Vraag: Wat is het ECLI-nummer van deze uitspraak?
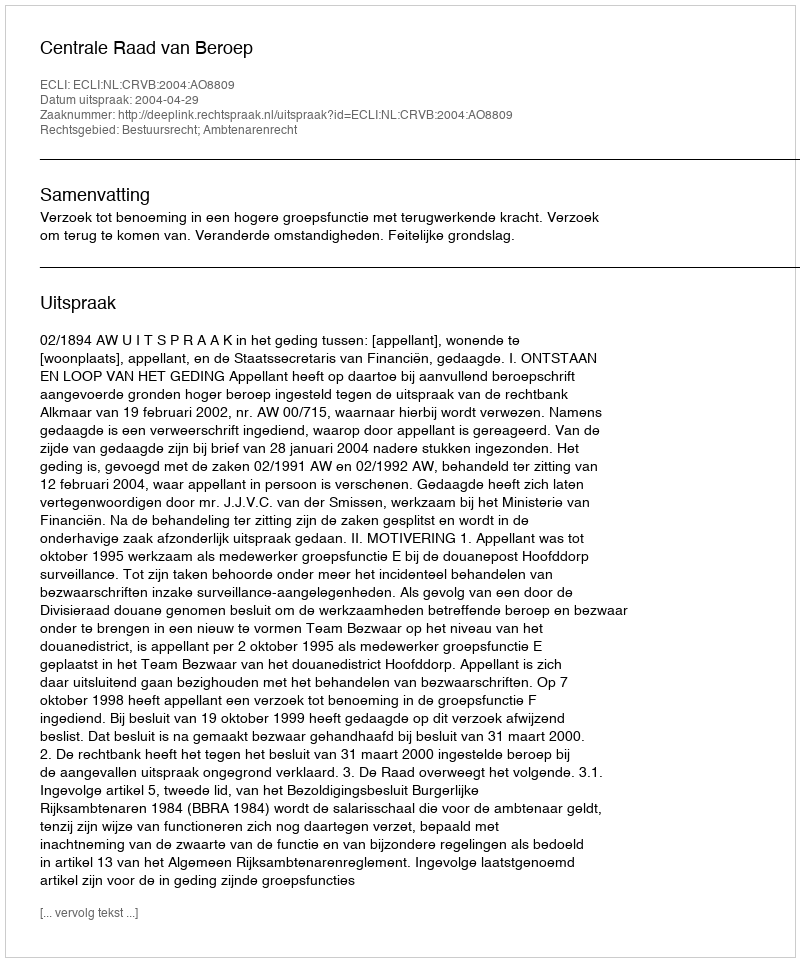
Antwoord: ECLI:NL:CRVB:2004:AO8809